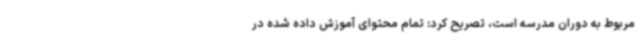
مربوط به دوران مدرسه است، تصریح کرد: تمام محتوای آموزش داده ‌شده در